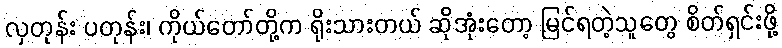
လှတုန်း ပတုန်း၊ ကိုယ်တော်တို့က ရိုးသားတယ် ဆိုအုံးတော့ မြင်ရတဲ့သူတွေ စိတ်ရှင်းဖို့